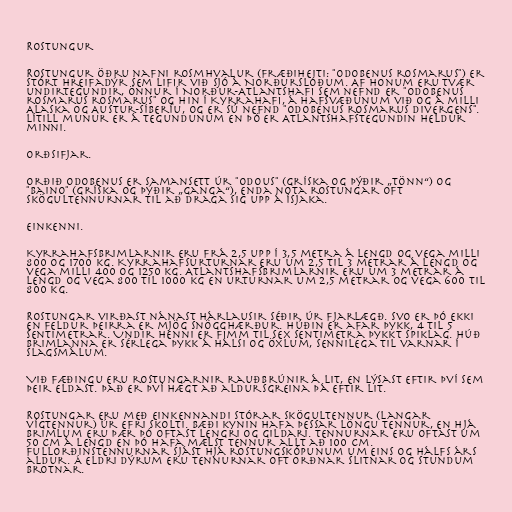
Rostungur

Rostungur öðru nafni rosmhvalur (fræðiheiti: "Odobenus rosmarus") er
stórt hreifadýr sem lifir við sjó á Norðurslóðum. Af honum eru tvær
undirtegundir, önnur í Norður-Atlantshafi sem nefnd er "Odobenus
rosmarus rosmarus" og hin í Kyrrahafi, á hafsvæðunum við og á milli
Alaska og Austur-Síberíu, og er sú nefnd "Odobenus rosmarus divergens".
Lítill munur er á tegundunum en þó er Atlantshafstegundin heldur
minni.

Orðsifjar.

Orðið Odobenus er samansett úr "odous" (gríska og þýðir „tönn“) og
"baino" (gríska og þýðir „ganga“), enda nota rostungar oft
skögultennurnar til að draga sig upp á ísjaka.

Einkenni.

Kyrrahafsbrimlarnir eru frá 2,5 upp í 3,5 metra á lengd og vega milli
800 og 1700 kg. Kyrrahafsurturnar eru um 2,5 til 3 metrar á lengd og
vega milli 400 og 1250 kg. Atlantshafsbrimlarnir eru um 3 metrar á
lengd og vega 800 til 1000 kg en urturnar um 2,5 metrar og vega 600 til
800 kg.

Rostungar virðast nánast hárlausir séðir úr fjarlægð. Svo er þó ekki
en feldur þeirra er mjög snögghærður. Húðin er afar þykk, 4 til 5
sentimetrar. Undir henni er fimm til sex sentimetra þykkt spiklag. Húð
brimlanna er sérlega þykk á hálsi og öxlum, sennilega til varnar í
slagsmálum.

Við fæðingu eru rostungarnir rauðbrúnir á lit, en lýsast eftir því sem
þeir eldast. Það er því hægt að aldursgreina þá eftir lit.

Rostungar eru með einkennandi stórar skögultennur (langar
vígtennur) úr efri skolti. Bæði kynin hafa þessar löngu tennur, en hjá
brimlum eru þær þó oftast lengri og gildari. Tennurnar eru oftast um
50 cm á lengd en þó hafa mælst tennur allt að 100 cm.
Fullorðinstennurnar sjást hjá rostungskópunum um eins og hálfs árs
aldur. Á eldri dýrum eru tennurnar oft orðnar slitnar og stundum
brotnar.